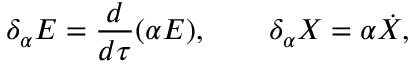
\delta _ { \alpha } E = \frac { d } { d \tau } ( \alpha E ) , \qquad \delta _ { \alpha } X = \alpha \dot { X } ,